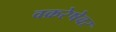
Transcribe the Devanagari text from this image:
वक्ररेषेवर